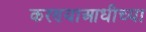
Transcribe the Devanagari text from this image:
करण्याआधीच्या